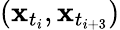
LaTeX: (\mathbf{x}_{t_{i}},\mathbf{x}_{t_{i+3}})